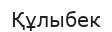
Құлыбек